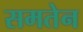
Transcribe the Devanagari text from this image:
समतेन